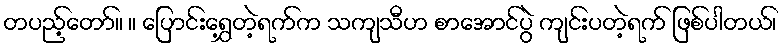
တပည့်တော်။ ။ ပြောင်းရွှေ့တဲ့ရက်က သကျသီဟ စာအောင်ပွဲ ကျင်းပတဲ့ရက် ဖြစ်ပါတယ်၊